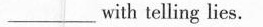
___ with telling lies.